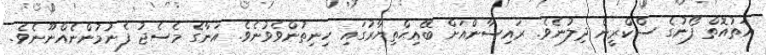
އަތުއޮތް ފޯނުގެ ސްކްރީން ދިލުނެވެ. ރައިސާންއަށް ބޭއިޙްތިޔާރުގައި ހިނިތުންވެވުނެވެ. އަނާގެ މެސެޖު ފެނުމުންނެއްނޫނެވެ.